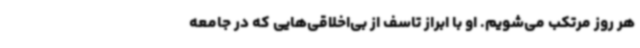
هر روز مرتکب می‌شویم. او با ابراز تاسف از بی‌اخلاقی‌هایی که در جامعه